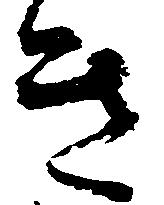
き